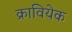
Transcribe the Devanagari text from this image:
क्रावियेक